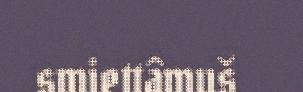
smiettâmuš